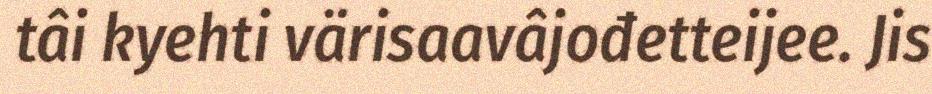
tâi kyehti värisaavâjođetteijee. Jis